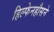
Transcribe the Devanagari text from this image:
हिल्फेनहौसने